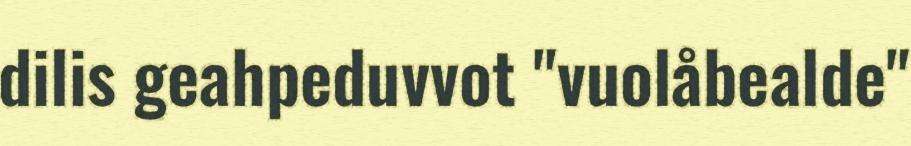
dilis geahpeduvvot "vuolåbealde"